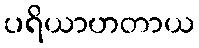
ပရိယာဟတာယ